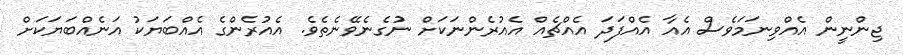
ޖިންނީން އެއްވިނަމަވެސް އެއާ އެއްފަދަ އެއްޗެއް އެއުރެންނަކަށް ނުގެނެވޭނެތެވެ. އެއުރެންގެ އެއްބަޔަކު އަނެއްބަޔަކަށް